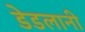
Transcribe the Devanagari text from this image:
डेडलानी